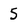
Character: 5